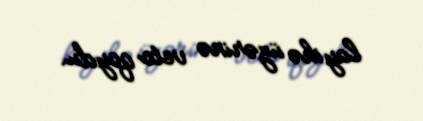
layihə üzərinə veto qoydu.